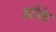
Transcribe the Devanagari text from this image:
झौके